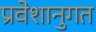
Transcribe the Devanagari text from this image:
प्रवेशानुगत